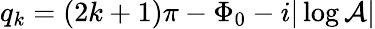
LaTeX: q_{k}=(2k+1)\pi-\Phi_{0}-i|\log\mathcal{A}|